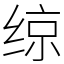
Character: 𫟅